Report of the Municipal Commissioner on the plague in Bombay for the year ending 31st May... - Volume 2
Disease focus: Plague
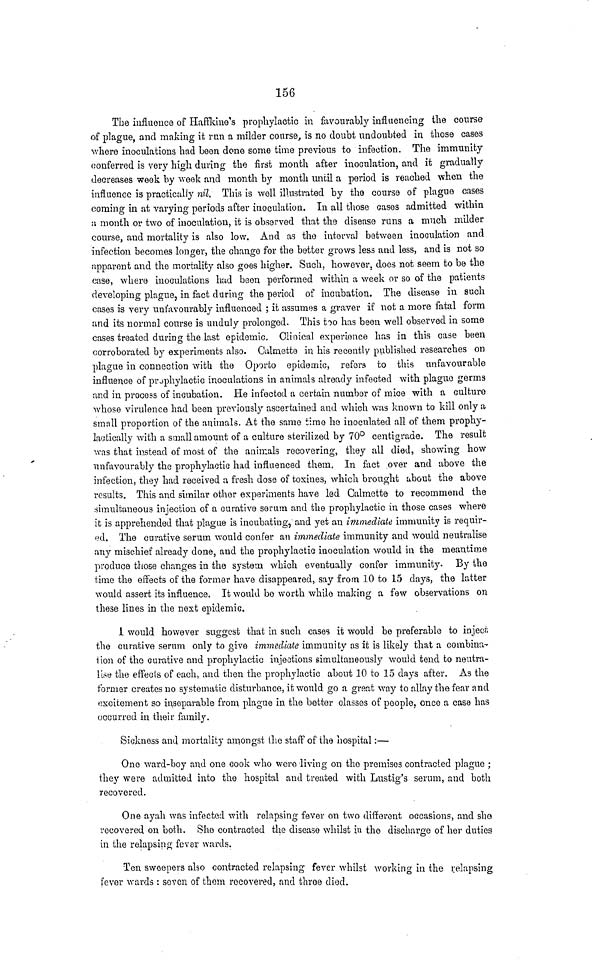
156
The influence of Haffkine's prophylactic in favourably influencing the course
of plague, and making it run a milder course, is no doubt undoubted in those cases
where inoculations had been done some time previous to infection. The immunity
conferred is very high during the first month after inoculation, and it gradually
decreases week by week and month by month until a period is reached when the
influence is practically nil. This is well illustrated by the course of plague cases
coming in at varying periods after inoculation. In all those cases admitted within
a month or two of inoculation, it is observed that ths disease runs a much milder
course, and mortality is also low. And as the interval between inoculation and
infection becomes longer, the change for the better grows less and less, and is not so
apparent and the mortality also goes higher. Such, however, does not seem to be the
case, where inoculations had been performed within a week or so of the patients
developing plague, in fact during the period of incubation. The disease in such
cases is very unfavourably influenced ; it assumes a graver if not a more fatal form
and its normal course is unduly prolonged. This too has been well observed in some
cases treated during the last epidemic. Clinical experience has in this case been
corroborated by experiments also. Calmette in his recently published researches on
plague in connection with the Oporto epidemic, refers to this unfavourable
influence of prophylactic inoculations in animals already infected with plague germs
and in process of incubation. He infected a certain number of mice with a culture
whose virulence had been previously ascertained and which was known to kill only a
small proportion of the animals. At the same time he inoculated all of them prophy-
lactically with a small amount of a culture sterilized by 70° centigrade. The result
was that instead of most of the animals recovering, they all died, showing how
unfavourably the prophylactic had influenced them. In fact over and above the
infection, they had received a fresh dose of toxines, which brought about the above
results. This and similar other experiments have led Calmette to recommend the
simultaneous injection of a curative serum and the prophylactic in those cases where
it is apprehended that plague is incubating, and yet an immediate immunity is requir-
ed. The curative serum would confer an immediate immunity and would neutralise
any mischief already done, and the prophylactic inoculation would in the meantime
produce those changes in the system which eventually confer immunity. By the
time the effects of the former have disappeared, say from 10 to 15 days, the latter
would assert its influence. It would be worth while making a few observations on
these lines in the nest epidemic.
1 would however suggest that in such cases it would be preferable to inject
the curative serum only to give immediate immunity as it is likely that a combina-
tion of the curative and prophylactic injections simultaneously would tend to neutra-
lise the effecis of each, and then the prophylactic about 10 to 15 days after. As the
former creates no systematic disturbance, it would go a great way to allay the fear and
excitement so inseparable from plague in the better classes of people, once a case has
occurred in their family.
Sickness and mortality amongst the staff of the hospital:—
One ward-boy and one cook who wero living on the premises contracted plague ;
they were admitted into the hospital and treated with Lustig's serum, and both
recovered.
One ayah was infected with relapsing fever on two different occasions, and slio
recovered on both. She contracted the disease whilst in the discharge of her duties
in the relapsing fever wards.
Ten sweepers also contracted relapsing fever whilst working in the relapsing
fever wards : seven of them recovered, and three died.